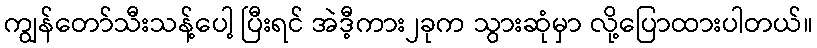
ကျွန်တော်သီးသန့်ပေါ့ ပြီးရင် အဲဒီ့ကား၂ခုက သွားဆုံမှာ လို့ပြောထားပါတယ်။